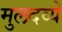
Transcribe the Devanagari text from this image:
मुलदव्ये